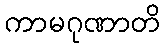
ကာမဂုဏာတိ